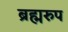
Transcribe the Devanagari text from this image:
ब्रह्मरुप